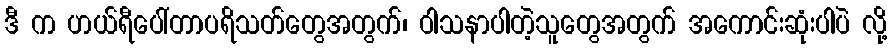
ဒီ က ဟယ်ရီပေါ်တာပရိသတ်တွေအတွက်၊ ဝါသနာပါတဲ့သူတွေအတွက် အကောင်းဆုံးပါပဲ လို့